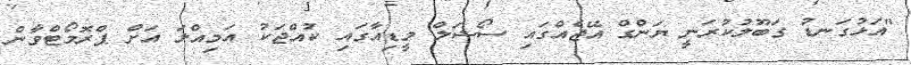
"އަޅުގަނޑު ގަބޫލުކުރަނީ ޔަންގް އޭޖެއްގައި ސޯޝަލް މީޑިއާގައި ކުއްޖަކު އަމިއްލަ އަށް ޕްރޮމޯޓްވާން